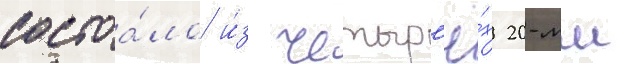
состоа́ло и́з четыр'ё́х 20-мм